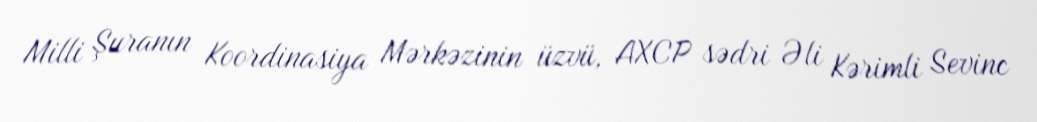
Milli Şuranın Koordinasiya Mərkəzinin üzvü, AXCP sədri Əli Kərimli Sevinc